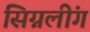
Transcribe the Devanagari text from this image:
सिग्नलींग